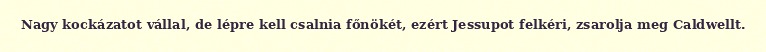
Nagy kockázatot vállal, de lépre kell csalnia főnökét, ezért Jessupot felkéri, zsarolja meg Caldwellt.